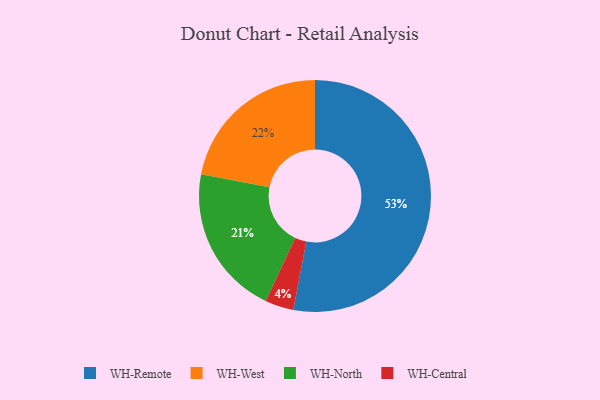
{"axis": {"x": "Category", "y": "Percentage"}, "legend": ["WH-Central", "WH-North", "WH-Remote", "WH-West"], "data": [{"x": "WH-North", "y": 21, "type": "WH-North"}, {"x": "WH-West", "y": 22, "type": "WH-West"}, {"x": "WH-Remote", "y": 53, "type": "WH-Remote"}, {"x": "WH-Central", "y": 4, "type": "WH-Central"}]}